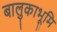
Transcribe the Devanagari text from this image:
बालुकाभूमि